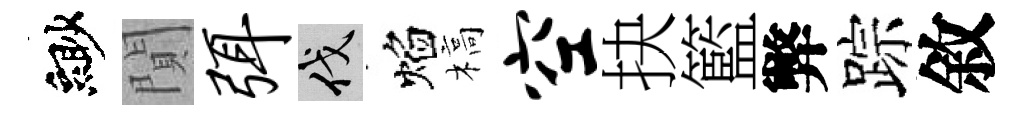
緲閴弭伐焰槁空抉籃弊踪敘